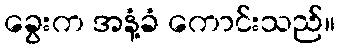
ခွေးက အနံ့ခံ ကောင်းသည်။